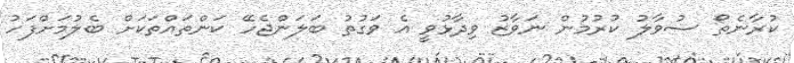
ކުރާނެތޯ ސުވާލު ކުރުމުން ނަވާޒު ވިދާޅުވީ އެ ވަގުތު ބަލަންޖެހޭ ކަންތައްތަކަށް ބެލުމަށްފަހު